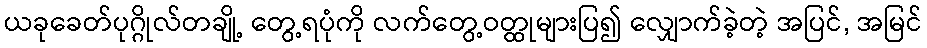
ယခုခေတ်ပုဂ္ဂိုလ်တချို့ တွေ့ရပုံကို လက်တွေ့ဝတ္ထုများပြ၍ လျှောက်ခဲ့တဲ့ အပြင်, အမြင်